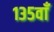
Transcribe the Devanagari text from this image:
१३५वाँ